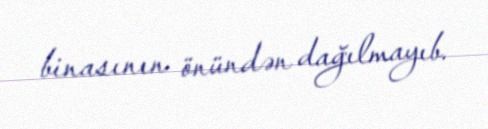
binasının önündən dağılmayıb.